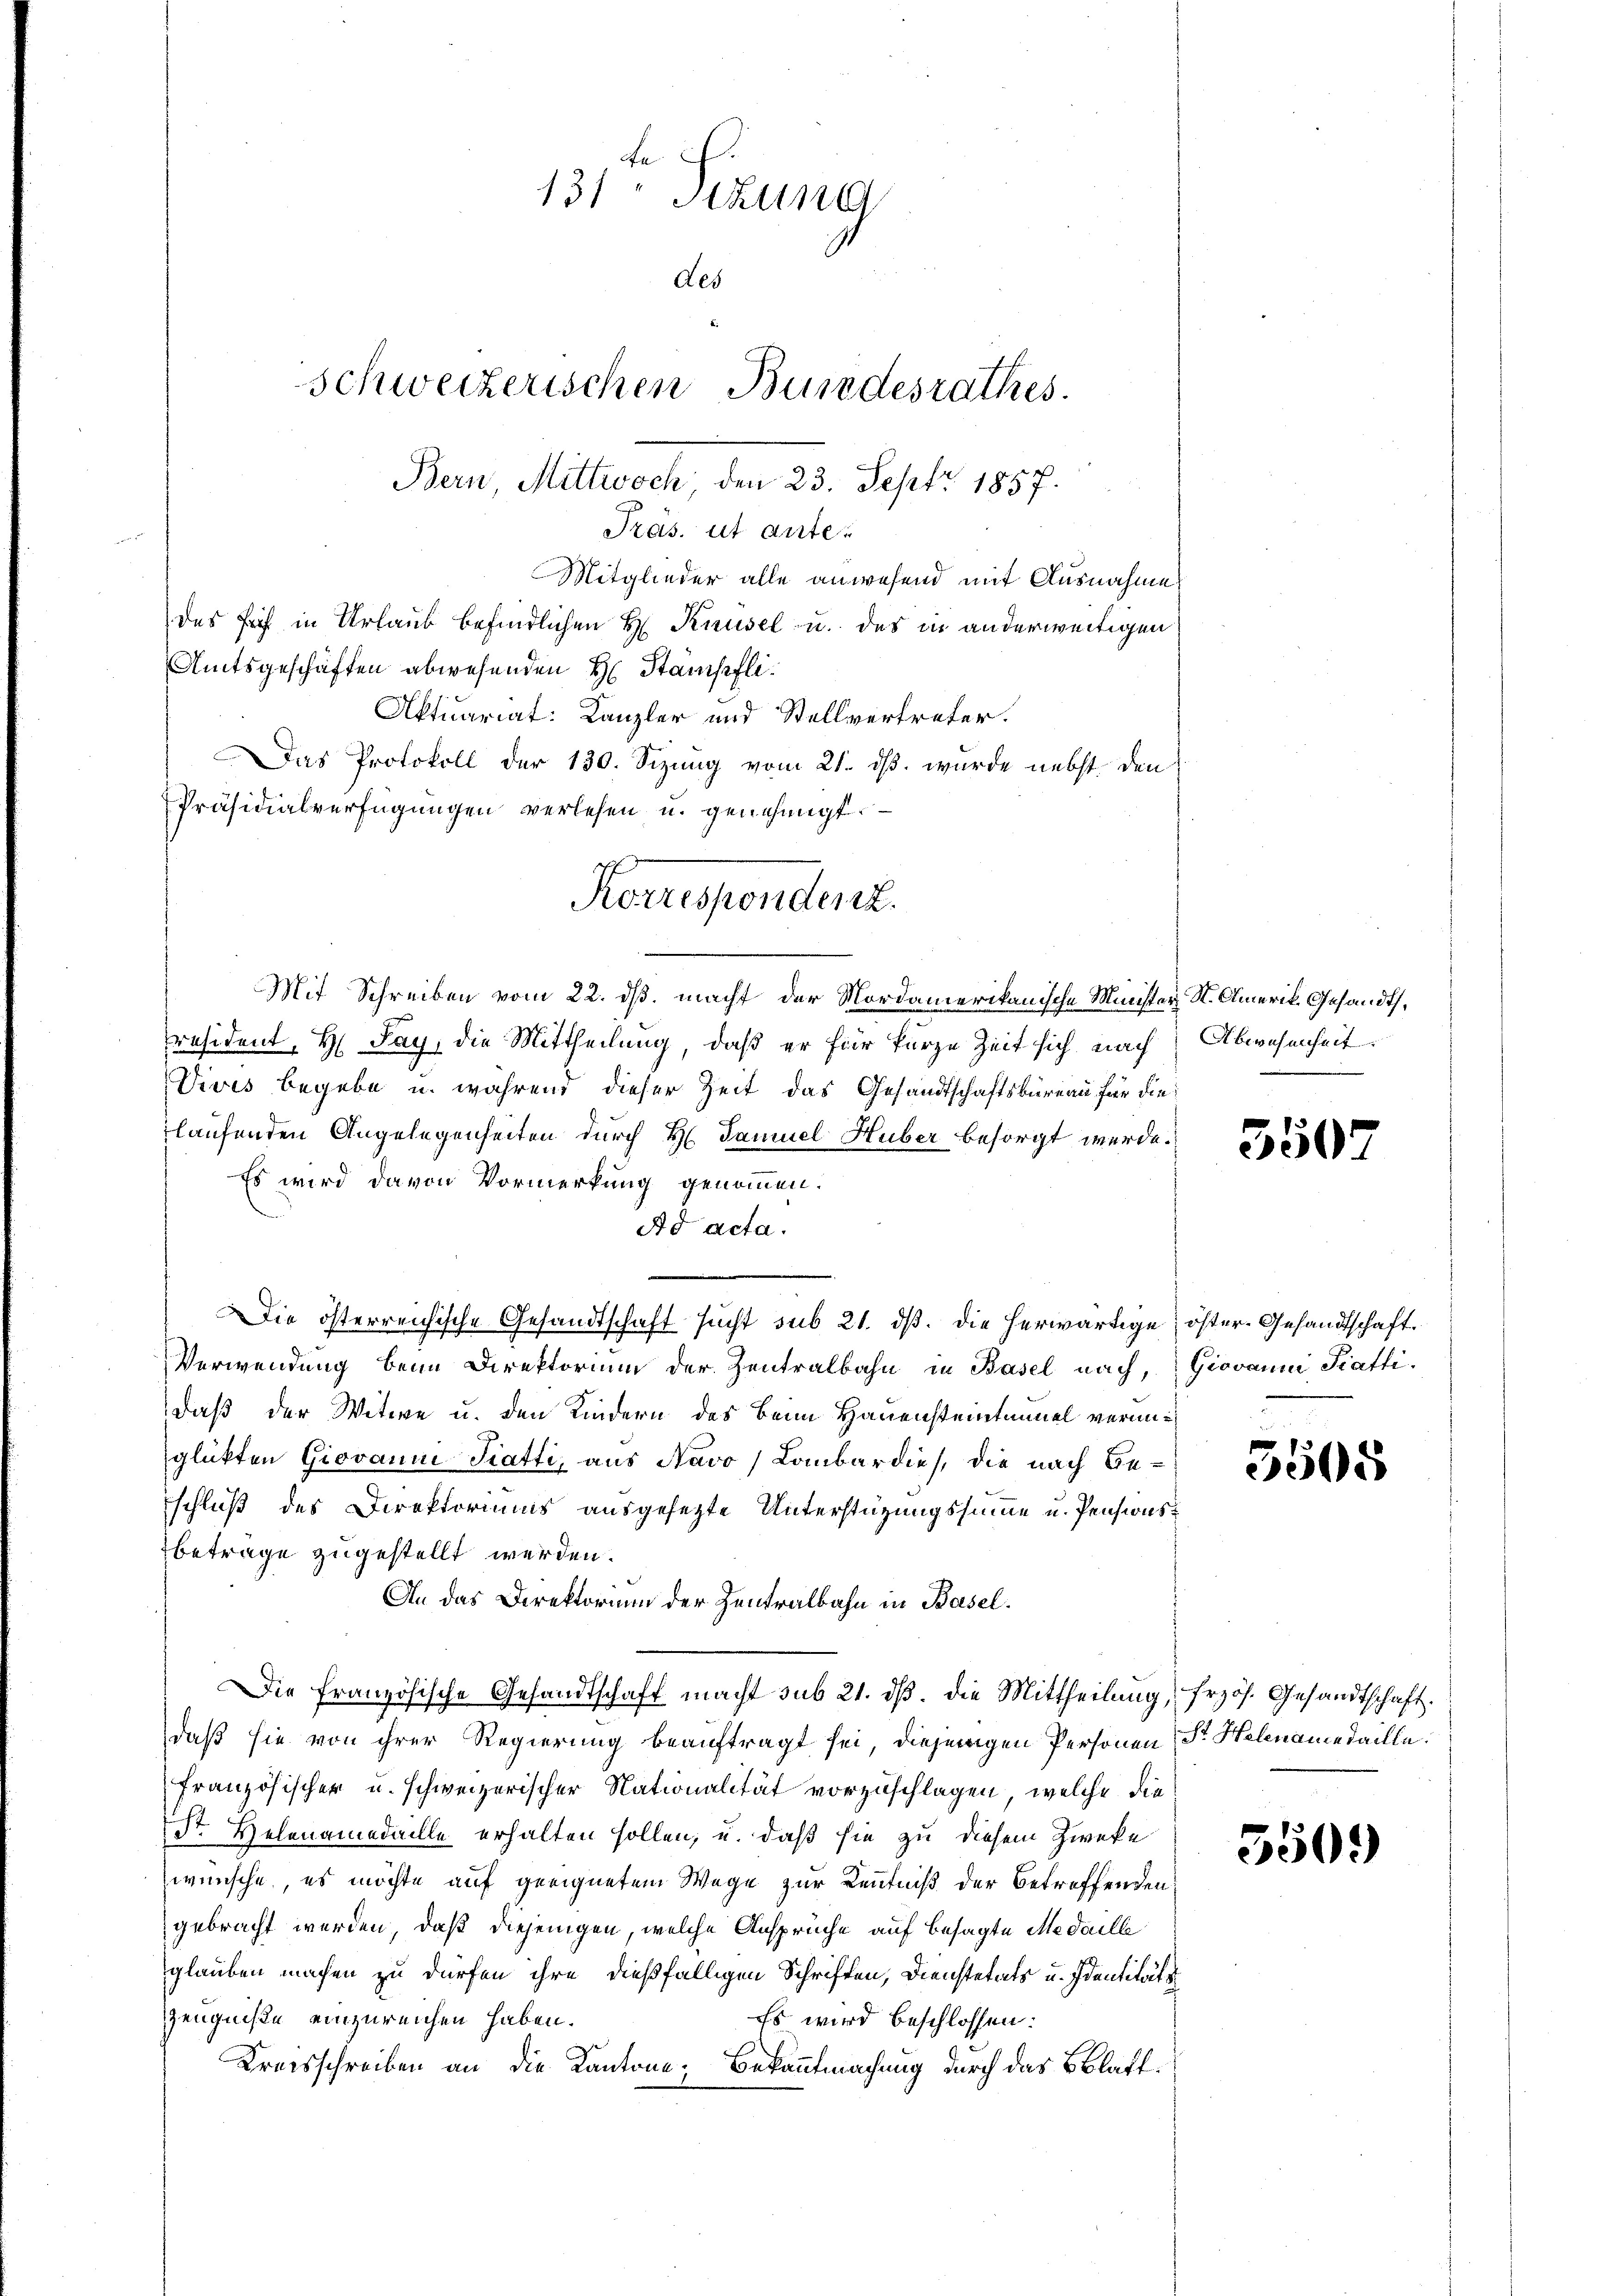
Mit Schreiben vom 22. ds. macht der Mordamerikanische Minister St. Amerik. Gesandts,
räsident, H. Pay, die Mittheilung, daß er für kurze Zeit sich nach Abwesenheit.
Vives begebe u. während dieser Zeit das Gesandtschaftsbüreau für die
laufenden Angelegenheiten durch H. Samuel Huber besorgt werde.
Es wird davon Vormerkung genommen.
Ad acta.
Die österreichische Gesandtschaft sucht sub 21. ds. die herwärtige öster- Gesandtschaft.
Verwendung beim Direktorium der Zentralbahn in Basel nach,
daß der Witwe u. den Kindern des Beim Hauensteintanuel verunglükten Giovann Tratti, aus Navo Lombardies, die nach Beschluß des Direktoriums ausgesezte Unterstützungssumme u. Pensionsbetrage zugestellt werden.
An das Direktorium der Zentralbahn in Basel.
Die französische Gesandtschaft macht sub 21. dß. die Mittheilung frzös. Gesandtschaft.
daß sie von ihrer Regierung beauftragt sei, diejenigen Personen Sr. Helenamedaille.
Französischer u. schweizerischer Nationalität vorzuschlagen, welche die
Str. Helenamedaille erhalten sollen, u. daß sie zu diesem Zweke
wünsche, es möchte auf geeignetem Wege zur Kenntniß der betreffenden
gebracht werden, daß diejenigen, welche Ansprüche auf besagte Medaille
glauben machen zu dürfen ihre dießfälligen Schriften, Dienstetats u. Identitäte
Zeugniße einzureichen haben.
Es wird beschlossen:
Kreisschreiben an die Kantone; Bekanntmachung durch das Blatt¬

Fe
131 Stun
des
schweizerischen Bundesrathes.
Bern, Mittwoch den 23. Sept 1857.
Pras. ut ante.
Mitglieder alle anwesend mit Ausnahme
des Frist in Urlaub befindlichen H. Krusel u. des in anderweitigen
Amtsgeschäften abwesenden H. Stämpfli¬
Aktuariat: Kanzler und Stellvertreter.
Das Protokoll der 130. Sizung vom 21. ds. wurde nebst den
Präsidialverfügungen verlesen u. genehmigt.

Korrespondere.

350

Giovanni, Piatti.

5505

350.